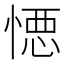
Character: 𭞋